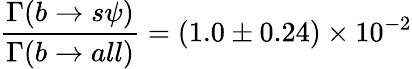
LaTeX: \frac{\Gamma(b\rightarrow s\psi)}{\Gamma(b\rightarrow all)}=(1.0\pm 0.24)\times{10}^{-2}